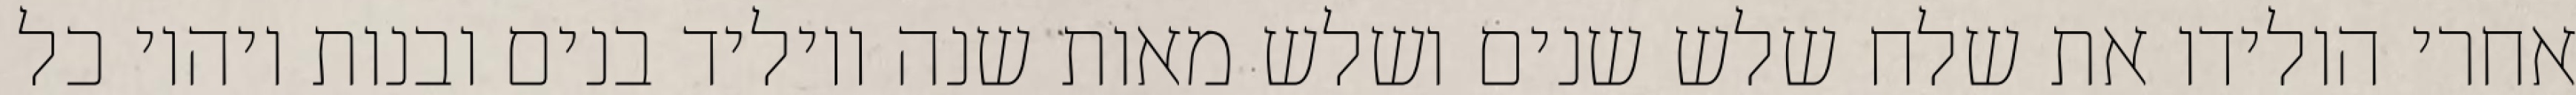
אחרי הולידו את שלח שלש שנים ושלש מאות שנה ויוליד בנים ובנות ויהיו כל